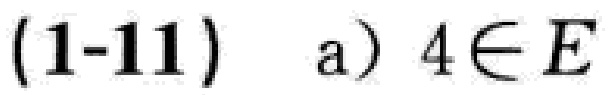
(1-11) a) \(4\in E\)